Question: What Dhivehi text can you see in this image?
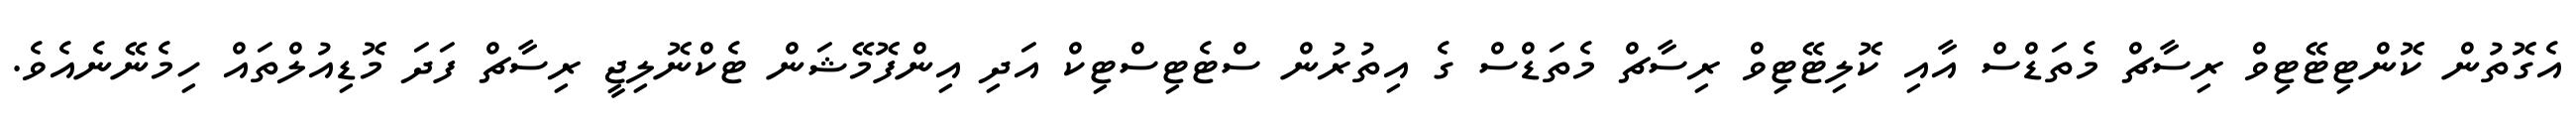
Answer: އެގޮތުން ކޮންޓިޓޭޓިވް ރިސާޗް މެތަޑްސް އާއި ކޮލިޓޭޓިވް ރިސާޗް މެތަޑްސް ގެ އިތުރުން ސްޓެޓިސްޓިކް އަދި އިންފޮމޭޝަން ޓެކްނޮލިޖީ ރިސާޗް ފަދަ މޮޑިއުލްތައް ހިމެނޭނެއެވެ.